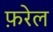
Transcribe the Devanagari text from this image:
फ़रेल